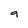
Character: g